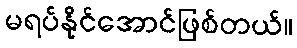
မရပ်နိုင်အောင်ဖြစ်တယ်။